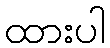
ထားပါ